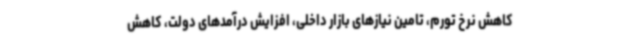
کاهش نرخ تورم، تامین نیازهای بازار داخلی، افزایش درآمدهای دولت، کاهش